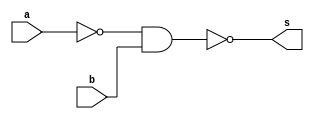
/*
Aluno: Gabriel Samarane Ribeiro [1313414]
Matricula: 725052
Matria: Arquitetura de Computadores-1
Guia_0502
*/


module Guia_0502(output s, input a, input b);


/*
	Manipulando a expresso para que encaixe mais facilmente na porta NAND
	
	(a|~b) = ~(~(a|~b)) = ~(~a&b)
	
*/

	//Dados
		
	wire not_a;
			
	//Portas
		
	nand NOTa(not_a,a,1);
	
	nand nand_gate(s,not_a,b);

endmodule


module teste;

	//Dados para teste
	
	reg a;
	reg b;
	wire s;
	
	Guia_0502 moduloTeste(s,a,b);

initial
	begin: main
	
	
		$display("Guia_0502 - GabrielSamaraneRibeiro - 1313414");
		$display("Test module");
		$display(" a - b - s ");
		
		// projetar testes do modulo
		/*
			Fazendo a tabela verdade para prever resultados
			
				| a | b |  ~(~a&b)|
				|---|---|---------|
				| 0 | 0 |    1    |
				| 0 | 1 |    0    |
				| 1 | 0	|    1    |
				| 1 | 1 |    1    |
		*/
		
		
		$monitor("%4b %4b %4b", s, a, b);					
		 a = 1'b0; b = 1'b0;
		#1
		 a = 1'b0; b = 1'b1;
		#1
		 a = 1'b1; b = 1'b0;
		#1
		 a = 1'b1; b = 1'b1;
	end
endmodule